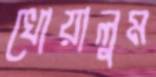
খোয়ালুম